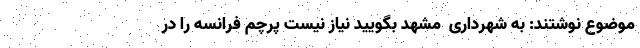
موضوع نوشتند: به شهرداری  مشهد بگویید نیاز نیست پرچم فرانسه را در